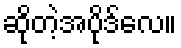
ဆိုတဲ့အပိုဒ်လေ။